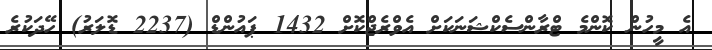
އެ މީހުން ކޮންމެ ޓްރާންސެކްޝަނަކަށް އެވްރެޖްކޮށް 1432 ޕައުންޑް (2237 ޑޮލަރު) ހޭދަކުރެ